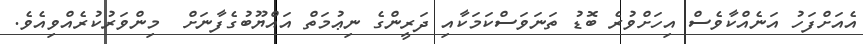
އެއަށްފަހު އަނެއްކާވެސް އިހަށްވުރެ ބޮޑު ތަނަވަސްކަމަކާއި ދަރީންގެ ނިޢުމަތް އައްޔޫބުގެފާނަށް  މިންވަރުކުރެއްވިއެވެ.